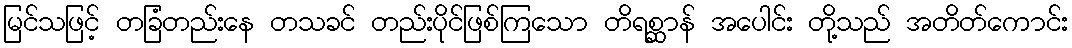
မြင်သဖြင့် တခြံတည်းနေ တသခင် တည်းပိုင်ဖြစ်ကြသော တိရစ္ဆာန် အပေါင်း တို့သည် အတိတ်ကောင်း